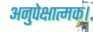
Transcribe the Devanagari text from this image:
अनुपेक्षात्मक।